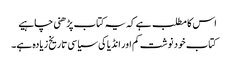
اس کا مطلب ہے کہ یہ کتاب پڑھنی چاہیے
کتاب خود نوشت کم اور انڈیا کی سیاسی تاریخ زیادہ ہے۔